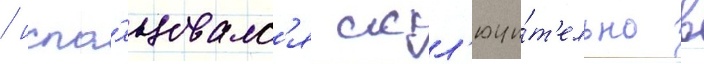
/ испо́льзовалс'я искл'ючи́т'ельно в